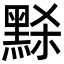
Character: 𪑂